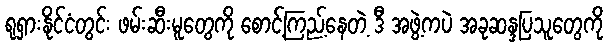
ရုရှားနိုင်ငံတွင်း ဖမ်းဆီးမူတွေကို စောင့်ကြည့်နေတဲ့ ဒီ အဖွဲ့ကပဲ အခုဆန္ဒပြသူတွေကို